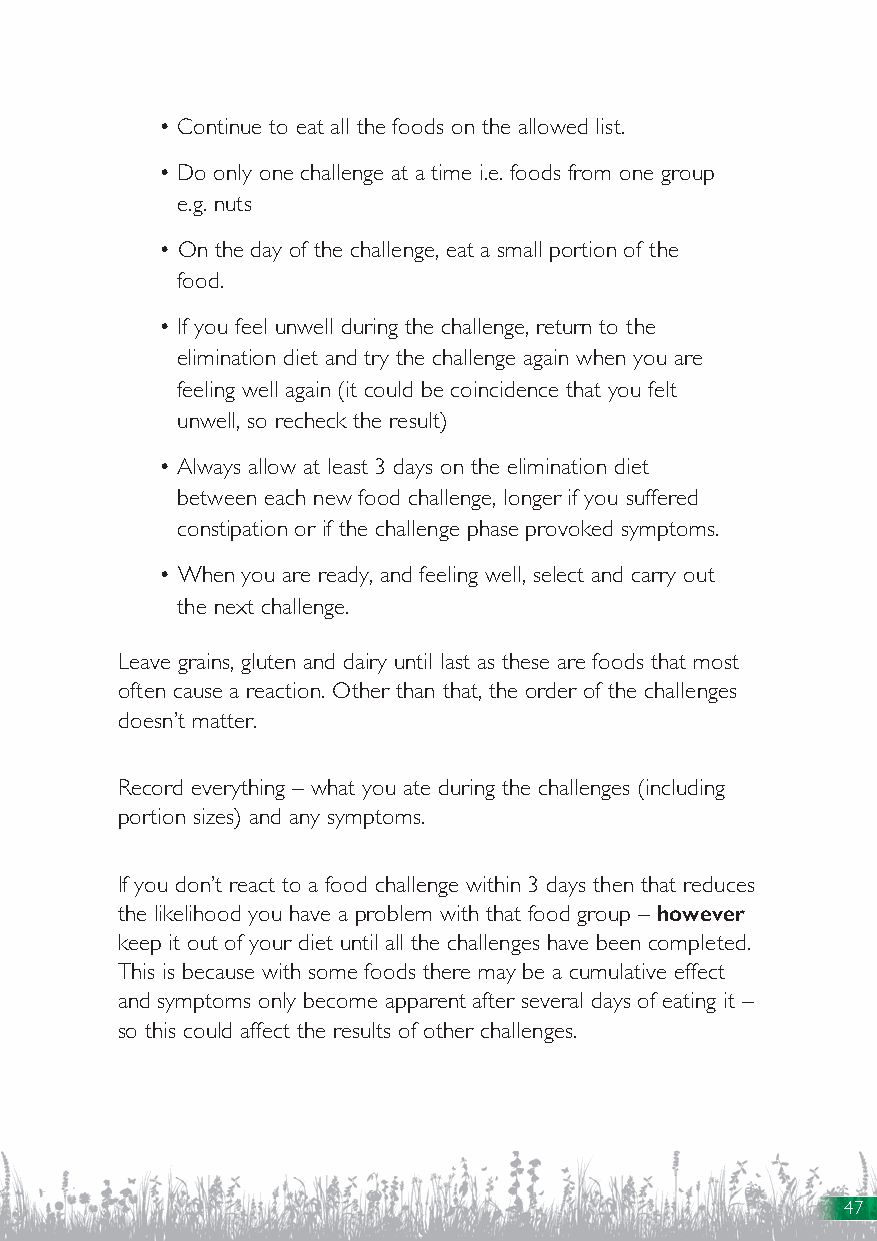
• Continue to eat all the foods on the allowed list.
 • Do only one challenge at a time i.e. foods from one group
 e.g. nuts
 • On the day of the challenge, eat a small portion of the
 food.
 • If you feel unwell during the challenge, return to the
 elimination diet and try the challenge again when you are
 feeling well again (it could be coincidence that you felt
 unwell, so recheck the result)
 • Always allow at least 3 days on the elimination diet
 between each new food challenge, longer if you suffered
 constipation or if the challenge phase provoked symptoms.
 • When you are ready, and feeling well, select and carry out
 the next challenge.
 Leave grains, gluten and dairy until last as these are foods that most
 often cause a reaction. Other than that, the order of the challenges
 doesn’t matter.
 Record everything – what you ate during the challenges (including
 portion sizes) and any symptoms.
 If you don’t react to a food challenge within 3 days then that reduces
 the likelihood you have a problem with that food group – however
 keep it out of your diet until all the challenges have been completed.
 This is because with some foods there may be a cumulative effect
 and symptoms only become apparent after several days of eating it –
 so this could affect the results of other challenges.
 47